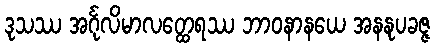
ဒုသဿ အင်္ဂုလိမာလတ္ထေရဿ ဘာဝနာနယေ အနနုပခဇ္ဇ